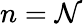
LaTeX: n=\mathcal{N}